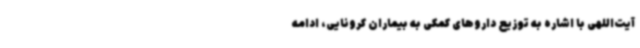
آیت‌اللهی با اشاره به توزیع داروهای کمکی به بیماران کرونایی، ادامه